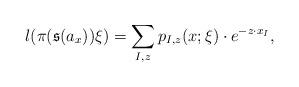
LaTeX: \begin{align*} l(\pi(\mathfrak{s}(a_x))\xi) = \sum_{I,z}p_{I,z}(x;\xi)\cdot e^{-z\cdot x_I},\end{align*}